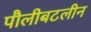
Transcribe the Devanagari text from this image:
पौलीबटलीन